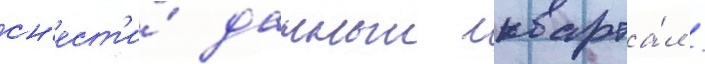
сн'ест'и́ данныи кварта́л /